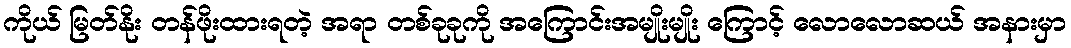
ကိုယ် မြတ်နိုး တန်ဖိုးထားရတဲ့ အရာ တစ်ခုခုကို အကြောင်းအမျိုးမျိုး ကြောင့် လောလောဆယ် အနားမှာ